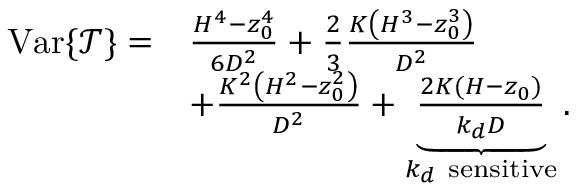
\begin{array} { r l } { \operatorname { V a r } \{ \mathcal { T } \} = } & { \frac { H ^ { 4 } - z _ { 0 } ^ { 4 } } { 6 D ^ { 2 } } + \frac { 2 } { 3 } \frac { K \left( H ^ { 3 } - z _ { 0 } ^ { 3 } \right) } { D ^ { 2 } } } \\ & { + \frac { K ^ { 2 } \left( H ^ { 2 } - z _ { 0 } ^ { 2 } \right) } { D ^ { 2 } } + \underbrace { \frac { 2 K ( H - z _ { 0 } ) } { k _ { d } D } } _ { k _ { d } \mathrm { ~ s e n s i t i v e } } . } \end{array}